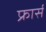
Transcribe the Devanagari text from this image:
फ्रार्स